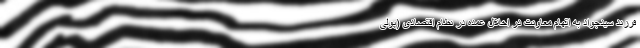
فرزند سیدجواد به اتهام معاونت در اخلال عمده در نظام اقتصادی (پولی